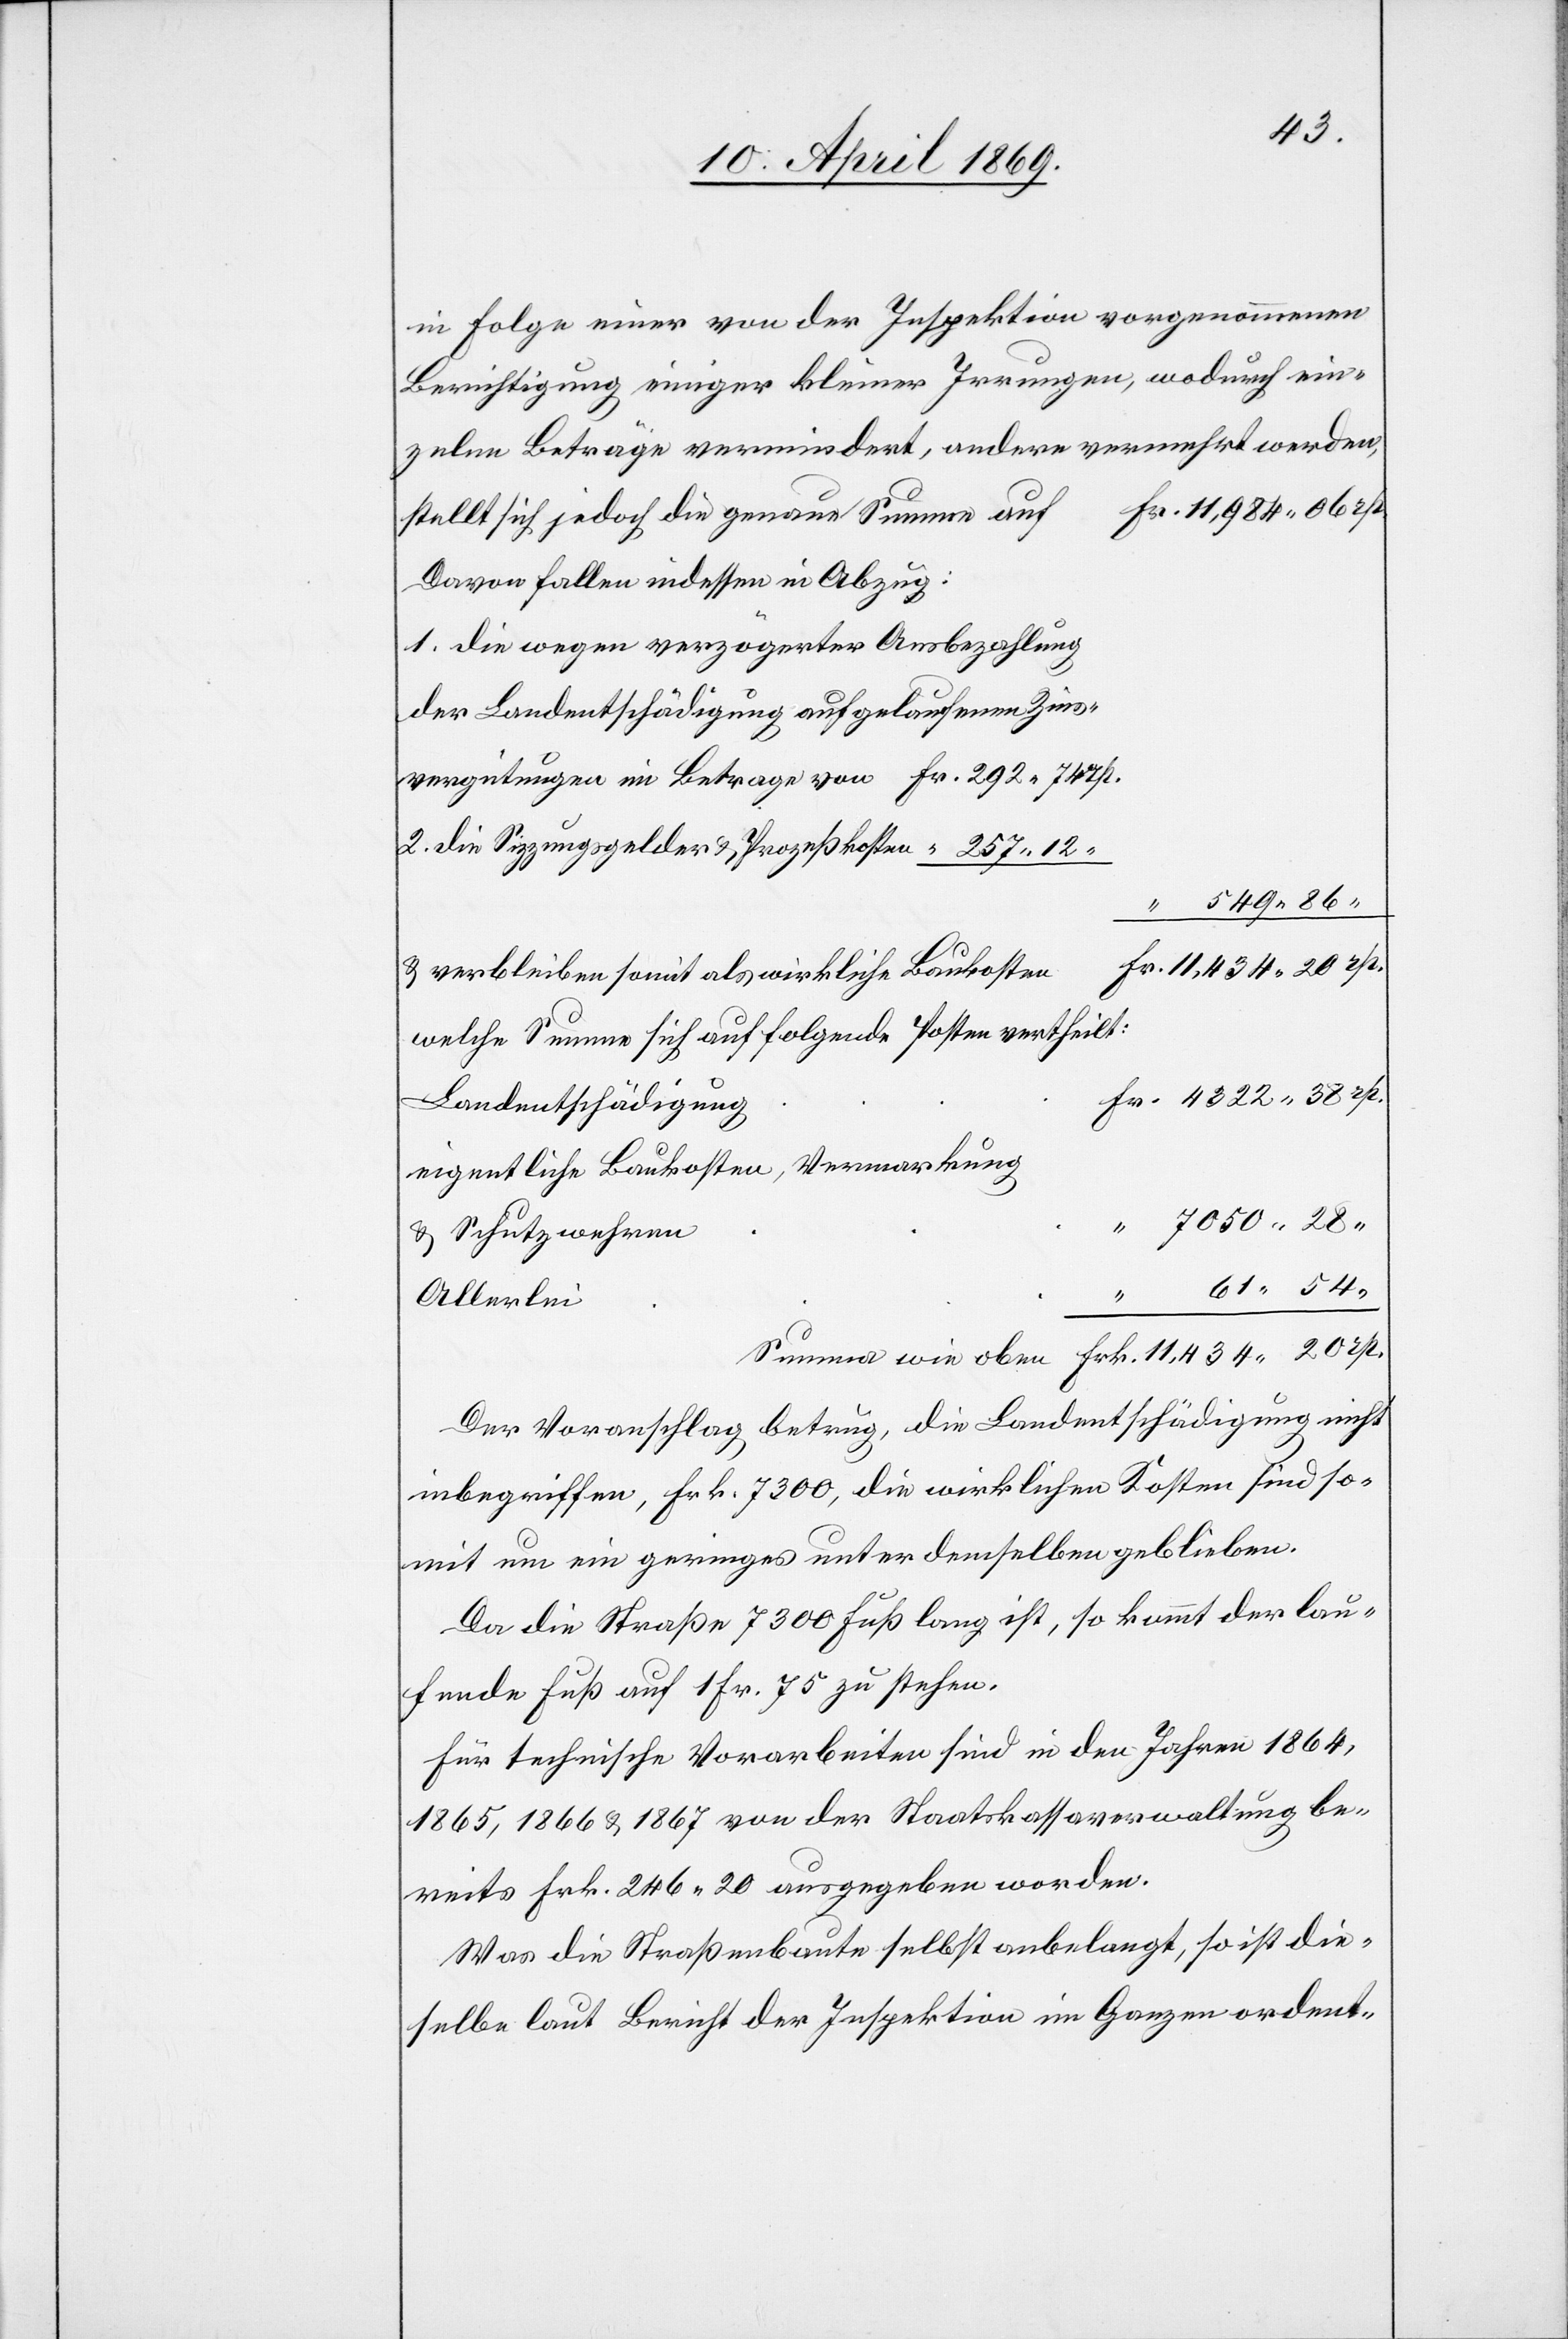
in Folge einer von der Inspektion vorgenommenen
Berichtigung einiger kleiner Irrungen, wodurch ein¬
zelne Beträge vermindert, andere vermehrt werden,
stellt sich jedoch die genaue Summe auf
Davon fallen indessen in Abzug:
1. die wegen verzögerter Ausbezahlung
u. verbleiben somit als wirkliche Baukosten
welche Summe sich auf folgende Posten vertheilt:
Landentschädigung
eigentliche Baukosten, Vermarkung
u.
u. Schutzwehren
2.
Allerlei
Der Voranschlag betrug, die Landentschädigung nicht
inbegriffen, Frk. 7300, die wirklichen Kosten sind so¬
mit um ein geringes unter demselben geblieben.
Da die Straße 7300 Fuß lang ist, so kommt der lau¬
fende Fuß auf 1 Fr. 75 zu stehen.
Für technische Vorarbeiten sind in den Jahren 1864,
1865,1866 u. 1867 von der Staatskassaverwaltung be¬
reits Frk. 246 20 ausgegeben worden.
Was die Straßenbaute selbst anbelangt, so ist die¬
selbe laut Bericht der Inspektion im Ganzen ordent-